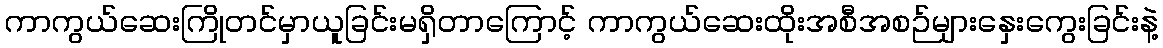
ကာကွယ်ဆေးကြိုတင်မှာယူခြင်းမရှိတာကြောင့် ကာကွယ်ဆေးထိုးအစီအစဉ်များနှေးကွေးခြင်းနဲ့